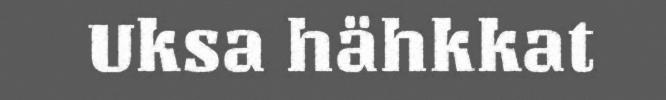
Uksa hähkkat